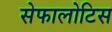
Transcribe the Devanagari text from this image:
सेफालोटिस